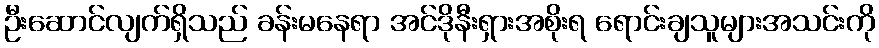
ဦးဆောင်လျက်ရှိသည် ခန်းမနေရာ အင်ဒိုနီးရှားအစိုးရ ရောင်းချသူများအသင်းကို